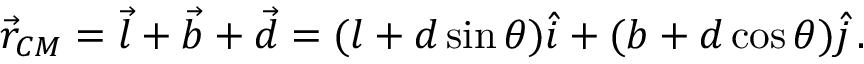
\begin{array} { r } { \vec { r } _ { C M } = \vec { l } + \vec { b } + \vec { d } = ( l + d \sin \theta ) \hat { i } + ( b + d \cos \theta ) \hat { j } \, . } \end{array}